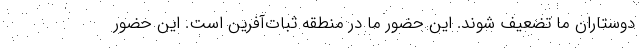
دوستاران ما تضعیف شوند. این حضور ما در منطقه ثبات‌آفرین است. این حضور